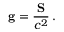
\mathbf { g } = { \frac { \mathbf { S } } { c ^ { 2 } } } \, .